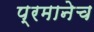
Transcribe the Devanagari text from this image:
प्रमानेच